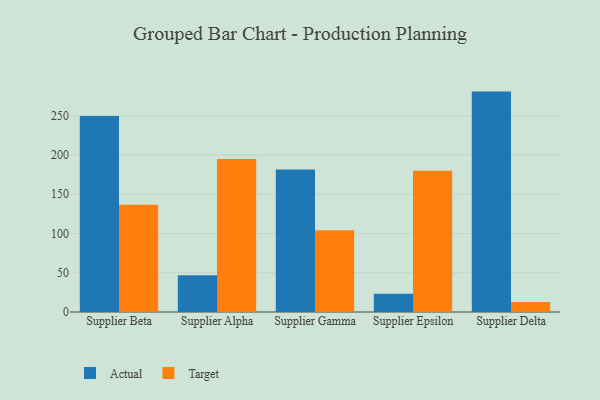
{"axis": {"x": "Supplier", "y": "Humidity (%)"}, "legend": ["Actual", "Target"], "data": [{"x": "Supplier Beta", "y": 249.8, "type": "Actual"}, {"x": "Supplier Beta", "y": 136.8, "type": "Target"}, {"x": "Supplier Alpha", "y": 46.7, "type": "Actual"}, {"x": "Supplier Alpha", "y": 195.0, "type": "Target"}, {"x": "Supplier Gamma", "y": 181.4, "type": "Actual"}, {"x": "Supplier Gamma", "y": 104.2, "type": "Target"}, {"x": "Supplier Epsilon", "y": 23.2, "type": "Actual"}, {"x": "Supplier Epsilon", "y": 179.8, "type": "Target"}, {"x": "Supplier Delta", "y": 280.8, "type": "Actual"}, {"x": "Supplier Delta", "y": 12.8, "type": "Target"}]}